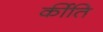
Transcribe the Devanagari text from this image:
र्कीति